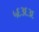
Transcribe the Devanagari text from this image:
५६३६३६